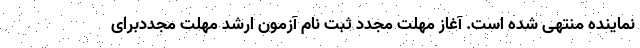
نماینده منتهی شده است. آغاز مهلت مجدد ثبت نام آزمون ارشد مهلت مجددبرای